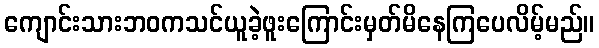
ကျောင်းသားဘဝကသင်ယူခဲ့ဖူးကြောင်းမှတ်မိနေကြပေလိမ့်မည်။